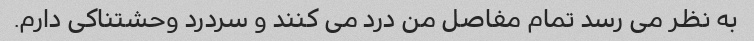
به نظر می رسد تمام مفاصل من درد می کنند و سردرد وحشتناکی دارم.